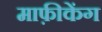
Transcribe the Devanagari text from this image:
माफ़ीकेंग